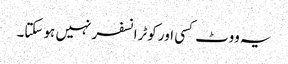
یہ ووٹ کسی اور کوٹرانسفر نہیں ہو سکتا۔